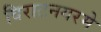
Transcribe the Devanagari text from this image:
विराटनगरमे